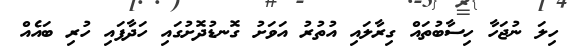
ހިލަ ނުޖަހާ ހިސާބުތައް ގިރާލައި އުތުރު އަވަށު ގޮނޑުދޮށުގައި ހަދާފައި ހުރި ބައެއް